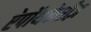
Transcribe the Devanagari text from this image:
ऐपॉथकेरीज़